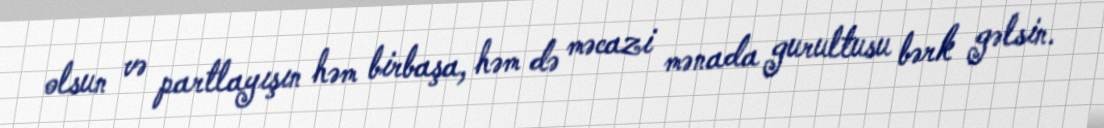
olsun və partlayışın həm birbaşa, həm də məcazi mənada gurultusu bərk gəlsin.